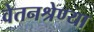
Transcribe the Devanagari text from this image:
वेतनश्रेण्या